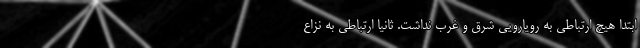
ابتدا هیچ ارتباطی به رویارویی شرق و غرب نداشت. ثانیاً ارتباطی به نزاع